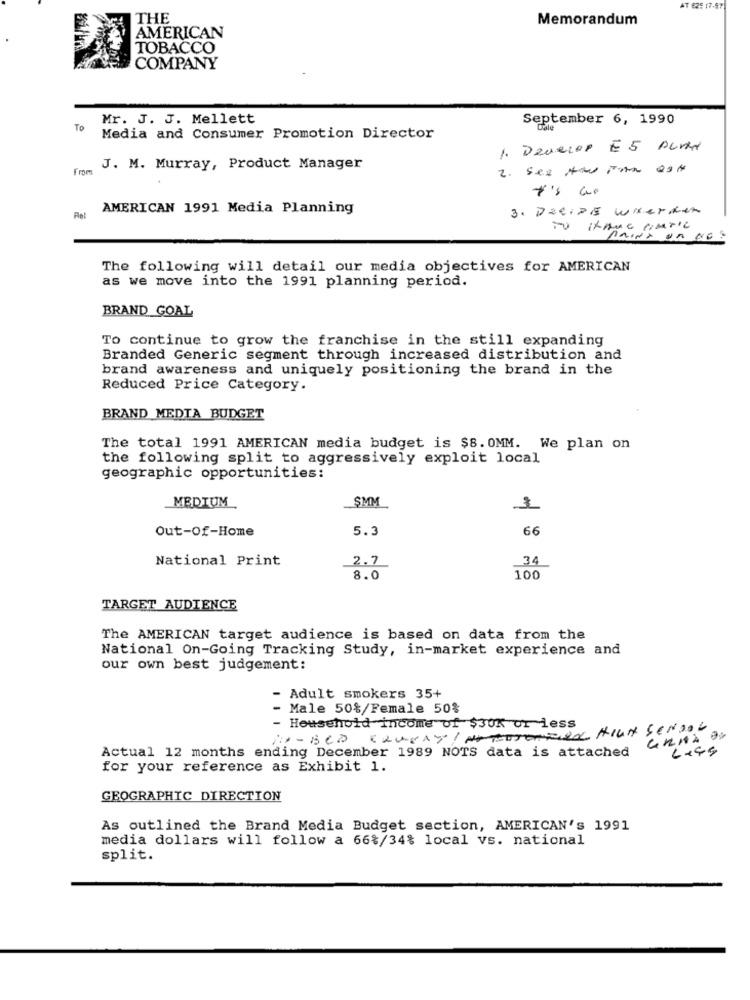
AT 625 17-67
THE
Memorandum
AMERICAN
TOBACCO
COMPANY
Mr. J. J. Mellett
September 6, 1990
TO
Media and Consumer Promotion Director
1. Deveces ES Punta
from
J. M. Murray, Product Manager
2. see the in ast
t'S we
AMERICAN 1991 Media Planning
3. DERIDE WHerken
Rel
print on NE?
The following will detail our media objectives for AMERICAN
as we move into the 1991 planning period.
BRAND GOAL
To continue to grow the franchise in the still expanding
Branded Generic segment through increased distribution and
brand awareness and uniquely positioning the brand in the
Reduced Price Category.
BRAND MEDTA BUDGET
The total 1991 AMERICAN media budget is $8. 0MM. We plan on
the following split to aggressively exploit local
geographic opportunities:
MEDIUM
SMM
1
Out-Of-Home
5.3
66
National Print
2.7
34
8.0
100
TARGET AUDIENCE
The AMERICAN target audience is based on data from the
National On-Going Tracking Study, in-market experience and
our own best judgement:
- Adult smokers 35+
- Male 50%/Female 50%
- Household income of $30K or less
KLUYAY! NOTOTOREN HIGH SCHOOL
i0-BCD
Actual 12 months ending December 1989 NOTS data is attached
6+45
for your reference as Exhibit 1.
GEOGRAPHIC DIRECTION
As outlined the Brand Media Budget section, AMERICAN's 1991
media dollars will follow a 66%/34% local vs. national
split.